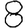
Digit: 8